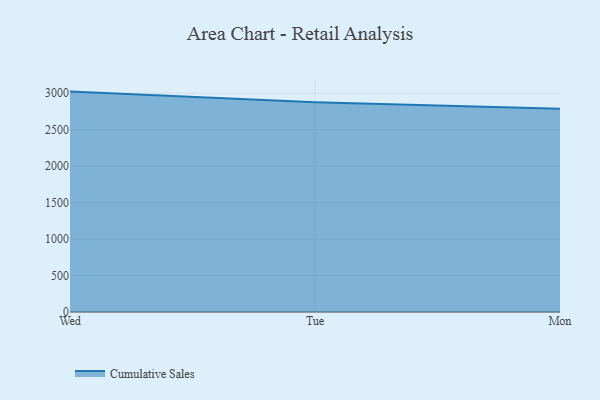
{"axis": {"x": "Day", "y": "Budget (USD K)"}, "legend": ["Cumulative Sales"], "data": [{"x": "Wed", "y": 3022.5, "type": "Cumulative Sales"}, {"x": "Tue", "y": 2875.3, "type": "Cumulative Sales"}, {"x": "Mon", "y": 2787.5, "type": "Cumulative Sales"}]}